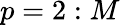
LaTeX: p=2:M